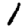
Digit: 1